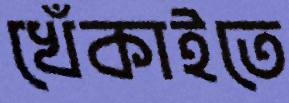
খেঁকাইতে